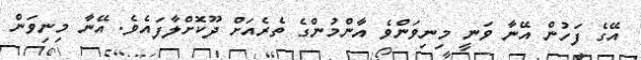
އޭގެ ފަހުން އޭނާ ވަނީ މިނިވަންވެ އާންމުންގެ ތެރެއަށް ދޫކޮށްލާފައެވެ. އޭނާ މިނިވަން